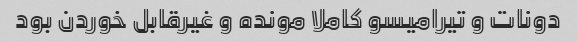
دونات و تیرامیسو کاملا مونده و غیرقابل خوردن بود